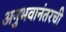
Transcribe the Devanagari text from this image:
अनुभवानंतरची